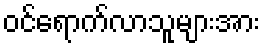
ဝင်ရောက်လာသူများအား